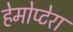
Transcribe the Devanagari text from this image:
हेमोप्टेरा